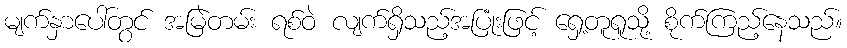
မျက်နှာပေါ်တွင် အမြဲတမ်း ရစ်ဝဲ လျက်ရှိသည့်အပြုံးဖြင့် ရှေ့တူရူသို့ စိုက်ကြည့်နေသည်။